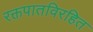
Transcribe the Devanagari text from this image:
रक्तपातविरहित